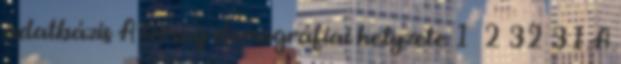
adatbázis A térség demográfiai helyzete 1 2 32 31 A